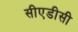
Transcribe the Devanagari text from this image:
सीएडीसी